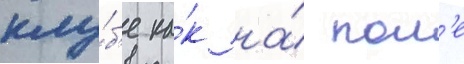
клу́б'е ка́к на́ пол'е